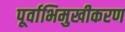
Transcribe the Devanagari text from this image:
पूर्वाभिमुखीकरण